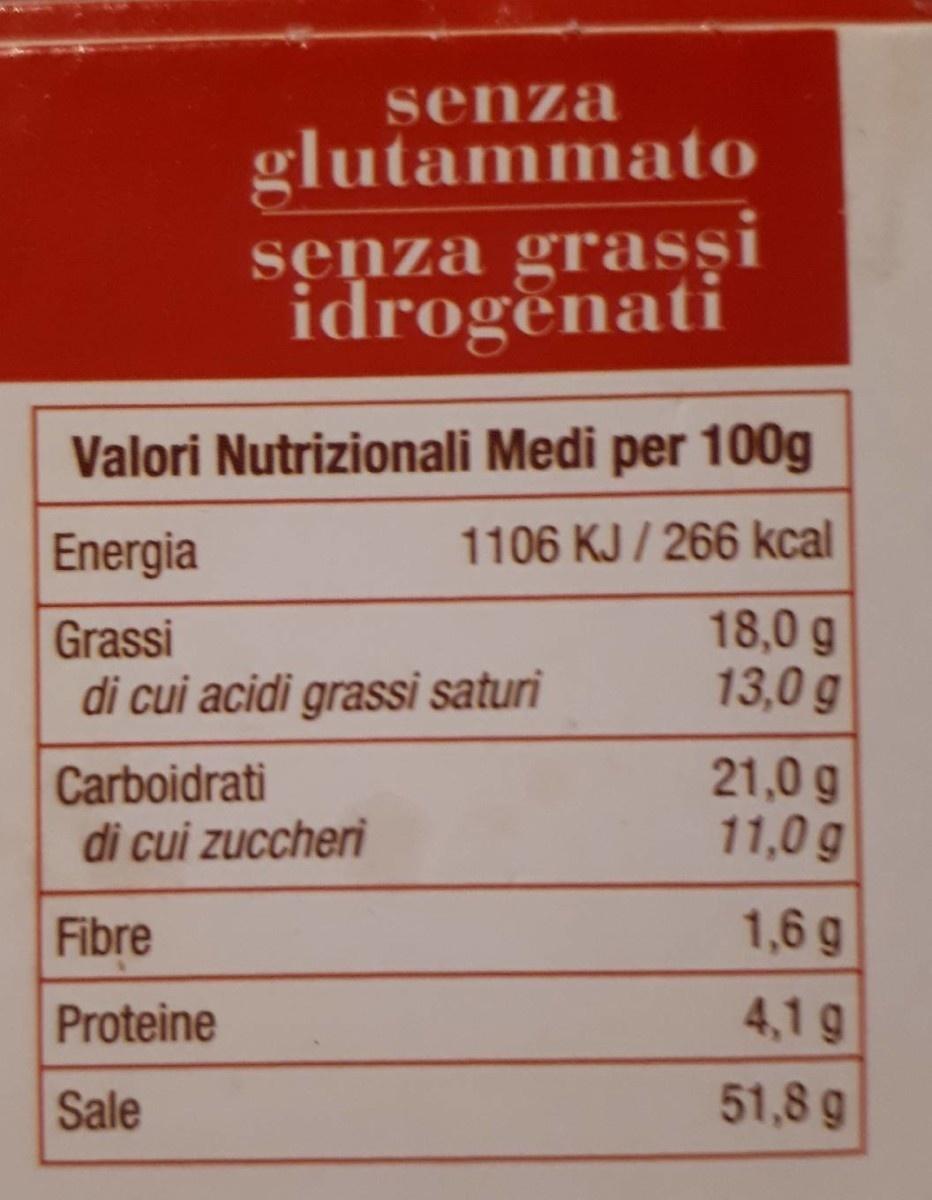
senza
glutammato senza grasşi idrogenati
Valori Nutrizionali Medi per 100g
Energia
1106 KJ / 266 kcal
Grassi di cui acidi grassi saturi
18,0 g 13,0 g
Carboidrati di cui zuccheri
21,0 g 11,0 g
Fibre
1,6 g
Proteine
4,1 g
Sale
51,8 g